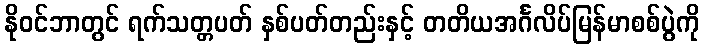
နိုဝင်ဘာတွင် ရက်သတ္တပတ် နှစ်ပတ်တည်းနှင့် တတိယအင်္ဂလိပ်မြန်မာစစ်ပွဲကို